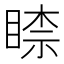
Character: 𥈡